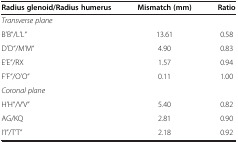
| Radius glenoid/Radius humerus | Mismatch (mm) | Ratio |
 | --- | --- | --- |
 | <COLSPAN=3> Transverse plane |
 | B’B“/L’L“ | 13.61 | 0.58 |
 | D’D“/M’M“ | 4.90 | 0.83 |
 | E’E”/RX | 1.57 | 0.94 |
 | F’F“/O’O“ | 0.11 | 1.00 |
 | <COLSPAN=3> Coronal plane |
 | H’H“/V’V“ | 5.40 | 0.82 |
 | AG/KQ | 2.81 | 0.90 |
 | I’I”/T’T” | 2.18 | 0.92 |